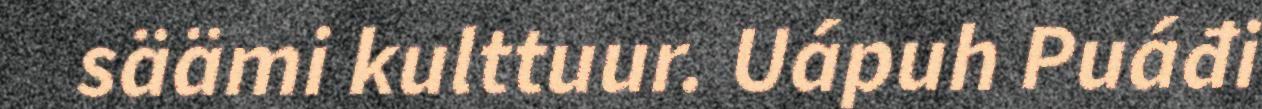
säämi kulttuur. Uápuh Puáđi